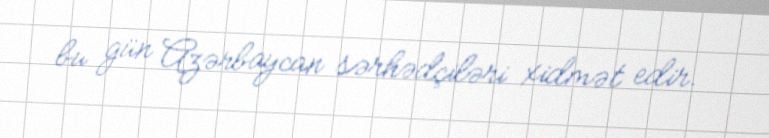
bu gün Azərbaycan sərhədçiləri xidmət edir.